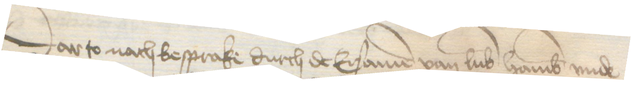
Darto nach besprake durch de Ersamen van Lubek Hamburg vnde